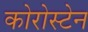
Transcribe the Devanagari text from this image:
कोरोस्टेन